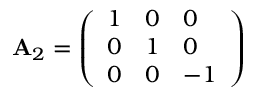
\mathbf { A } _ { 2 } = { \left( \begin{array} { l l l } { 1 } & { 0 } & { 0 } \\ { 0 } & { 1 } & { 0 } \\ { 0 } & { 0 } & { - 1 } \end{array} \right) }